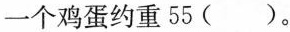
一个鸡蛋约重 55 ( )。